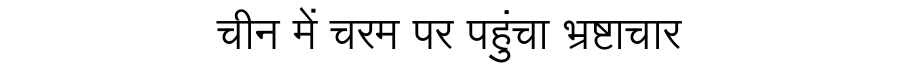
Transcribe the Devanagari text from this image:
चीन में चरम पर पहुंचा भ्रष्टाचार